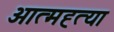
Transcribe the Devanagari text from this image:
आत्‍मह्त्‍या